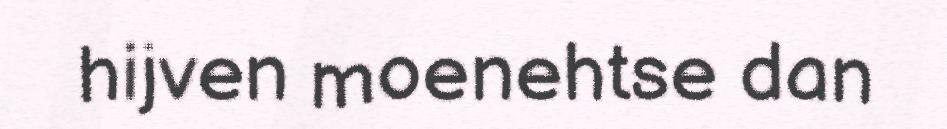
hijven moenehtse dan